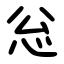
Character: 忩